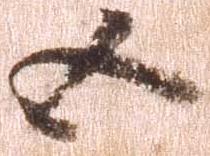
五